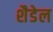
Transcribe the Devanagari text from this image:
शैडेल